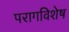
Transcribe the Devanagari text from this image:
परागविशेष